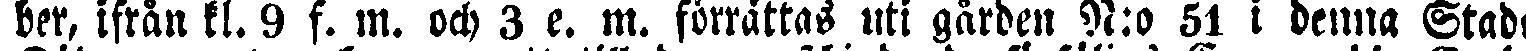
ber, ifrån kl. 9 f. m. och 3 e. m. förrättas uti gården N:o 51 i denna Stads